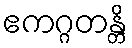
ဧကဂ္ဂတန္တိ